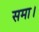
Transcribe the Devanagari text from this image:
समा।